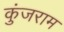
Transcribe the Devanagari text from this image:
कुंजराम